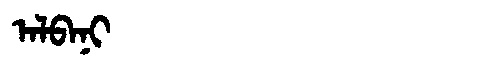
Manchu: ᠠᠯᠪᠠᠨᡳ
Romanization: ALBANI